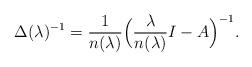
LaTeX: \begin{align*}\Delta(\lambda)^{-1} =\frac{1}{n(\lambda)}\Big(\frac{\lambda}{n(\lambda)} I - A\Big)^{-1}.\end{align*}